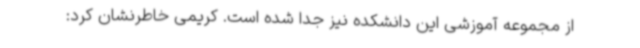
از مجموعه آموزشی این دانشکده نیز جدا شده است. کریمی خاطرنشان کرد: